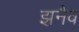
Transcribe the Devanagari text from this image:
झ़नैव